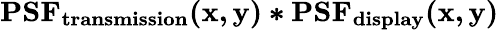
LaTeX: \mathbf{PSF_{transmission}(x,y)*PSF_{display}(x,y)}